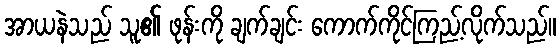
အာယနဲသည် သူ၏ ဖုန်းကို ချက်ချင်း ကောက်ကိုင်ကြည့်လိုက်သည်။